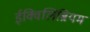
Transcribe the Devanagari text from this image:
ईक्विलिब्रियम